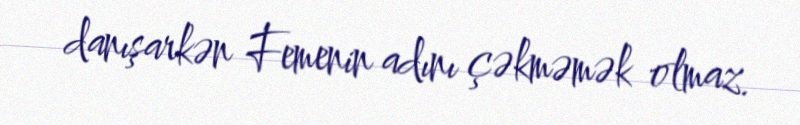
danışarkən Femenin adını çəkməmək olmaz.